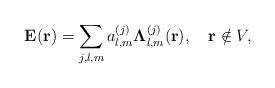
LaTeX: \begin{align*}\mathbf{E}(\mathbf{r})=\sum_{j,l,m}a_{l,m}^{(j)}\mathbf{\Lambda}_{l,m}^{(j)}(\mathbf{r}),\quad\mathbf{r}\notin V,\end{align*}